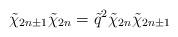
LaTeX: \begin{align*}\tilde\chi_{2n\pm1}\tilde\chi_{2n}=\tilde q^2 \tilde\chi_{2n} \tilde\chi_{2n\pm1}\end{align*}